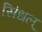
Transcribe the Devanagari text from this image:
सिंधल्